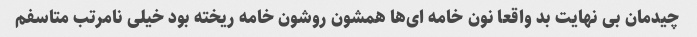
چیدمان بی نهایت بد واقعا نون خامه ای‌ها همشون روشون خامه ریخته بود خیلی نامرتب متاسفم